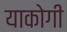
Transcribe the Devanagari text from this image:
याकोगी